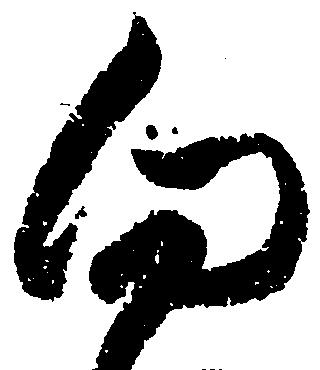
向